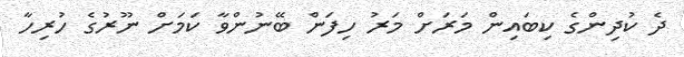
ދެ ކުދިންގެ ކިބައިން މަރަށް މަރު ހިފަން ބޭނުންވާ ކަމަށް ނޫރުގެ ހުރިހާ